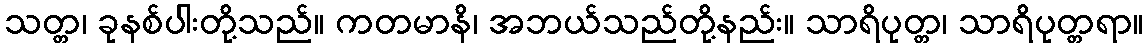
သတ္တ၊ ခုနစ်ပါးတို့သည်။ ကတမာနိ၊ အဘယ်သည်တို့နည်း။ သာရိပုတ္တ၊ သာရိပုတ္တရာ။